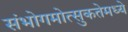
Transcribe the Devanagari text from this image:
संभोगमोत्सुकतेमध्ये